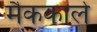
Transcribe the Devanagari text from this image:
मैककार्ले